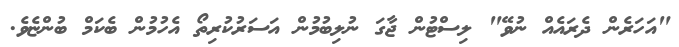
"އަހަރެން ދެރައެއް ނުވޭ" ލިސްޓުން ޖާގަ ނުލިބުމުން އަސަރުކުރިތޯ އެހުމުން ބެކަމް ބުންޏެވެ.